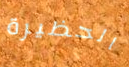
الحظيرة